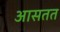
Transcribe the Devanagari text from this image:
आसतत